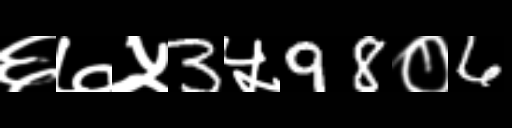
Text: ६७५3५98०6